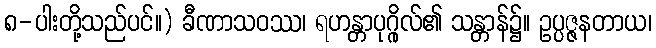
၈-ပါးတို့သည်ပင်။) ခီဏာသဝဿ၊ ရဟန္တာပုဂ္ဂိုလ်၏ သန္တာန်၌။ ဥပ္ပဇ္ဇနတာယ၊